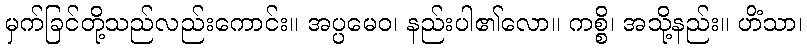
မှက်ခြင်တို့သည်လည်းကောင်း။ အပ္ပမေဝ၊ နည်းပါ၏လော။ ကစ္စိ၊ အသို့နည်း။ ဟိံသာ၊